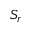
S _ { r }